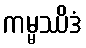
ကမ္မဿိဒံ